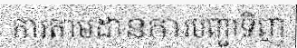
ការតាមដានការបញ្ជាទិញ